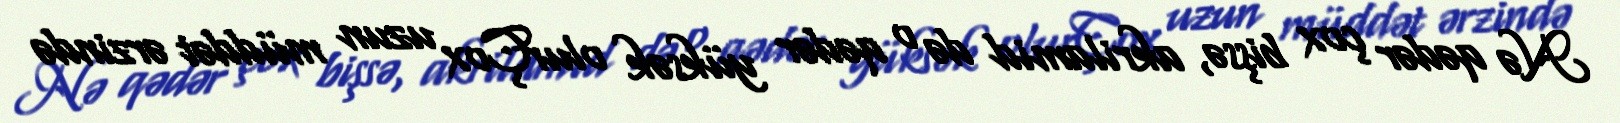
Nə qədər çox bişsə, akrilamid də o qədər yüksək olurÇox uzun müddət ərzində